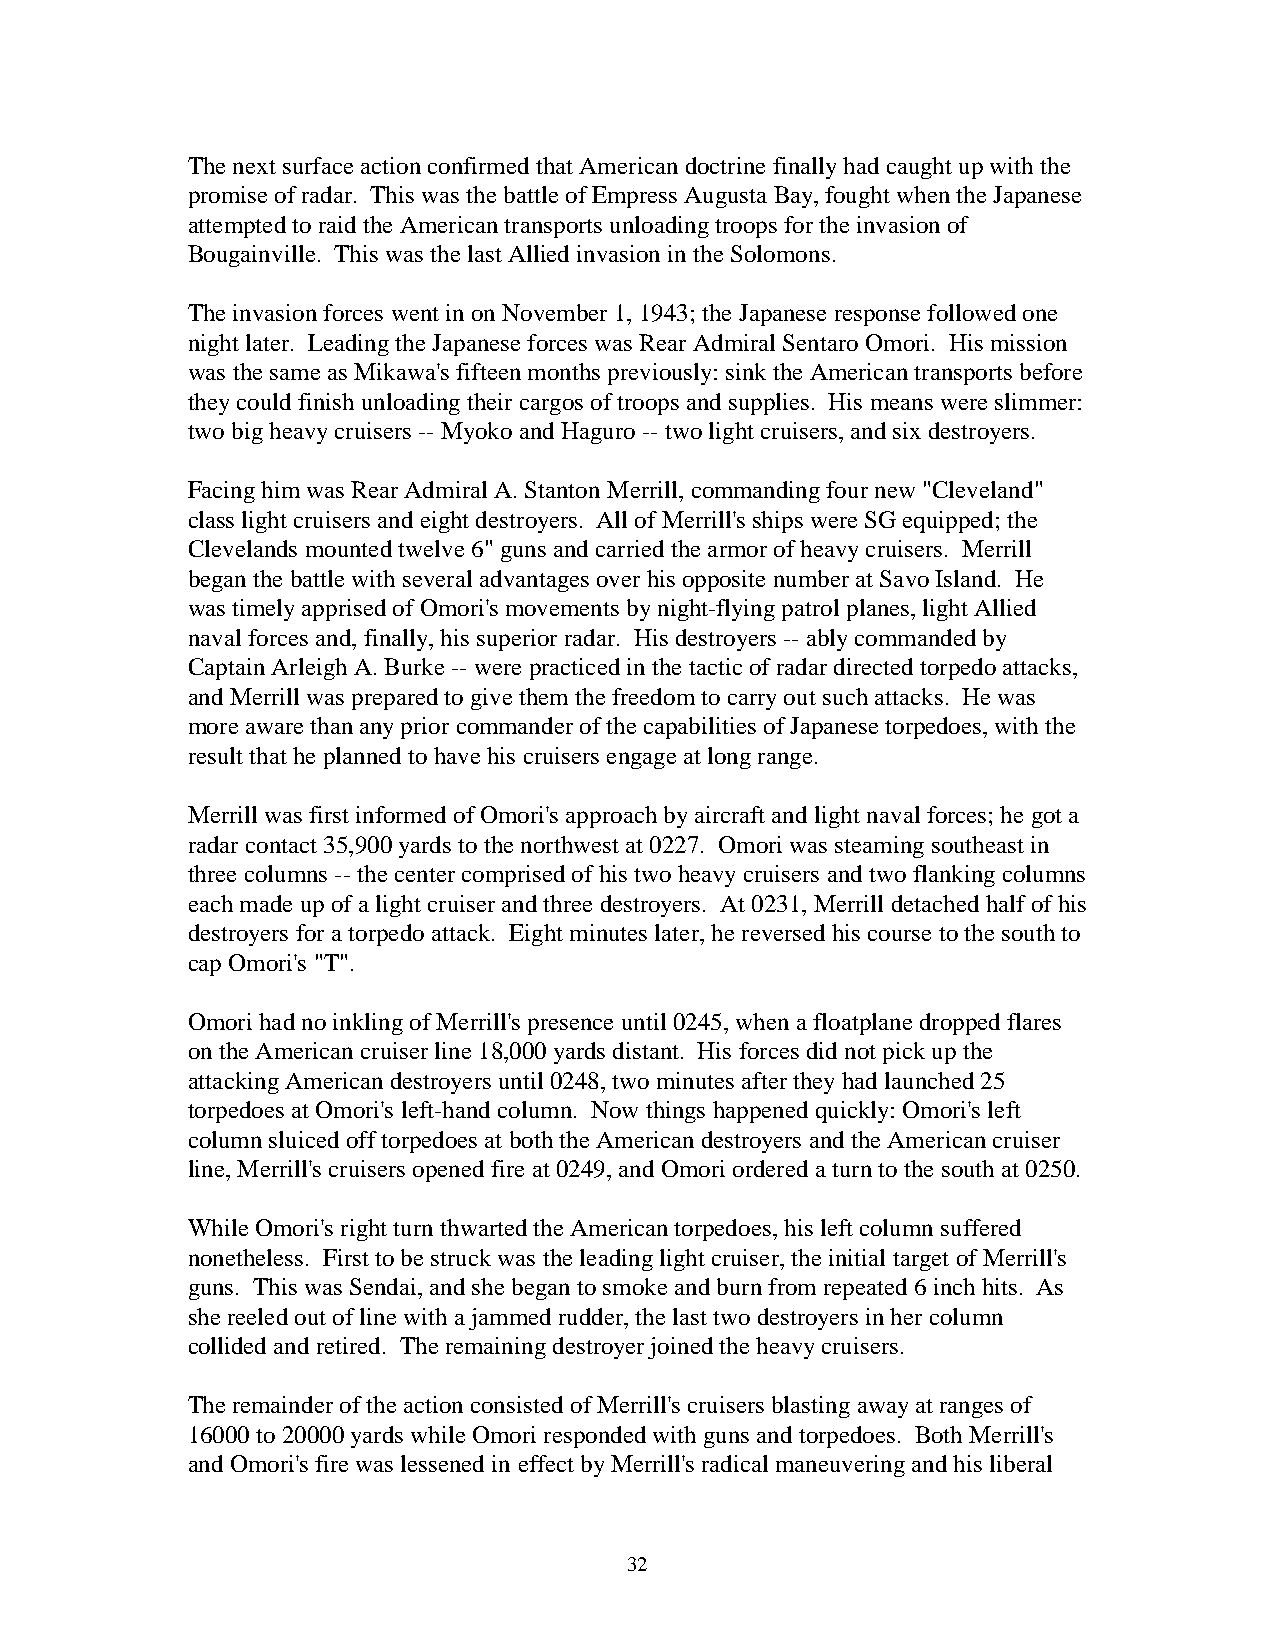
The next surface action confirmed that American doctrine finally had caught up with the
 promise of radar. This was the battle of Empress Augusta Bay, fought when the Japanese
 attempted to raid the American transports unloading troops for the invasion of
 Bougainville. This was the last Allied invasion in the Solomons.
 The invasion forces went in on November 1, 1943; the Japanese response followed one
 night later. Leading the Japanese forces was Rear Admiral Sentaro Omori. His mission
 was the same as Mikawa's fifteen months previously: sink the American transports before
 they could finish unloading their cargos of troops and supplies. His means were slimmer:
 two big heavy cruisers -- Myoko and Haguro -- two light cruisers, and six destroyers.
 Facing him was Rear Admiral A. Stanton Merrill, commanding four new "Cleveland"
 class light cruisers and eight destroyers. All of Merrill's ships were SG equipped; the
 Clevelands mounted twelve 6" guns and carried the armor of heavy cruisers. Merrill
 began the battle with several advantages over his opposite number at Savo Island. He
 was timely apprised of Omori's movements by night-flying patrol planes, light Allied
 naval forces and, finally, his superior radar. His destroyers -- ably commanded by
 Captain Arleigh A. Burke -- were practiced in the tactic of radar directed torpedo attacks,
 and Merrill was prepared to give them the freedom to carry out such attacks. He was
 more aware than any prior commander of the capabilities of Japanese torpedoes, with the
 result that he planned to have his cruisers engage at long range.
 Merrill was first informed of Omori's approach by aircraft and light naval forces; he got a
 radar contact 35,900 yards to the northwest at 0227. Omori was steaming southeast in
 three columns -- the center comprised of his two heavy cruisers and two flanking columns
 each made up of a light cruiser and three destroyers. At 0231, Merrill detached half of his
 destroyers for a torpedo attack. Eight minutes later, he reversed his course to the south to
 cap Omori's "T".
 Omori had no inkling of Merrill's presence until 0245, when a floatplane dropped flares
 on the American cruiser line 18,000 yards distant. His forces did not pick up the
 attacking American destroyers until 0248, two minutes after they had launched 25
 torpedoes at Omori's left-hand column. Now things happened quickly: Omori's left
 column sluiced off torpedoes at both the American destroyers and the American cruiser
 line, Merrill's cruisers opened fire at 0249, and Omori ordered a turn to the south at 0250.
 While Omori's right turn thwarted the American torpedoes, his left column suffered
 nonetheless. First to be struck was the leading light cruiser, the initial target of Merrill's
 guns. This was Sendai, and she began to smoke and burn from repeated 6 inch hits. As
 she reeled out of line with a jammed rudder, the last two destroyers in her column
 collided and retired. The remaining destroyer joined the heavy cruisers.
 The remainder of the action consisted of Merrill's cruisers blasting away at ranges of
 16000 to 20000 yards while Omori responded with guns and torpedoes. Both Merrill's
 and Omori's fire was lessened in effect by Merrill's radical maneuvering and his liberal
 32